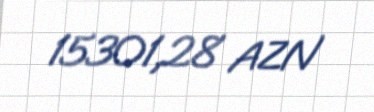
15301,28 AZN